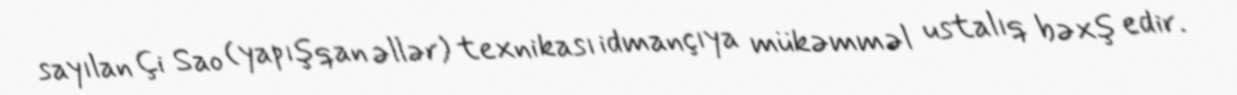
sayılan Çi Sao (yapışqan əllər) texnikası idmançıya mükəmməl ustalıq bəxş edir.